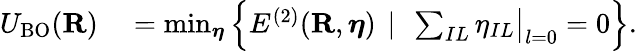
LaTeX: \begin{array}{rl}{U_{\mathrm{BO}}({\mathbf R})}&{{}=\operatorname*{min}_{{\boldsymbol\eta}}\left\{ E^{(2)}({\mathbf R},{\boldsymbol\eta})~\left\vert~\ \sum_{IL}\eta_{IL}\big\vert_{l=0}=0\right.\right\} .}\end{array}